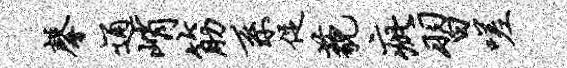
馨通峭筋系促藐疵习嗟